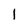
Character: l